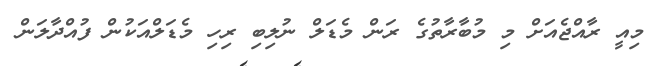
މިއީ ރާއްޖެއަށް މި މުބާރާތުގެ ރަން މެޑަލް ނުލިބި ރިހި މެޑަލްއަކުން ފުއްދާލަން